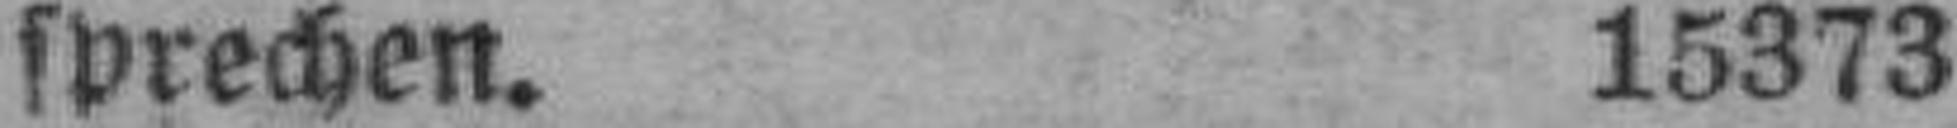
sprechen. 15373